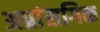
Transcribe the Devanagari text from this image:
अप्रांसगिक